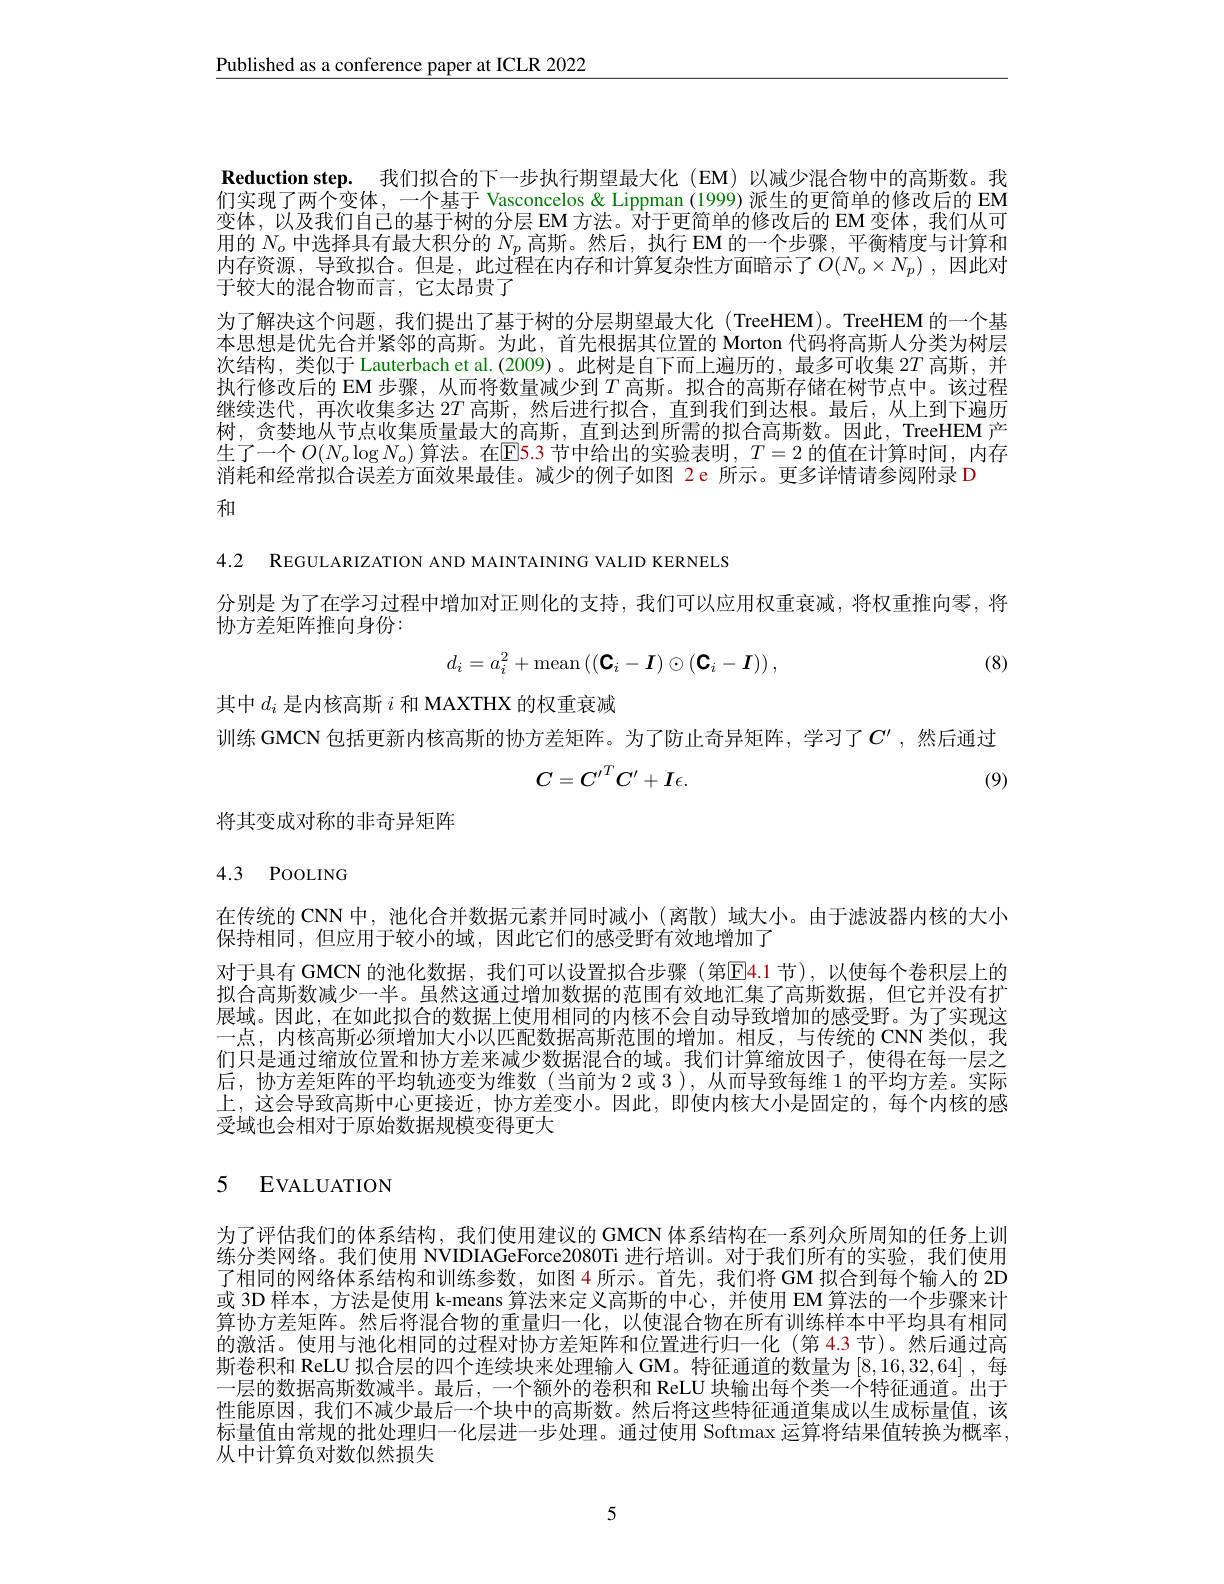
Published as a conference paper at ICLR 2022

Reduction step. 我们拟合的下一步执行期望最大化 (EM)以减少混合物中的高斯数。我们实现了两个变体，一个基于 Vasconcelos & Lippman (1999) 派生的更简单的修改后的 EM 变体，以及我们自己的基于树的分层 EM 方法。对于更简单的修改后的 EM 变体，我们从可用的$N_o$中选择具有最大积分的$N_p$高斯。然后，执行 EM 的一个步骤，平衡精度与计算和内存资源，导致拟合。但是，此过程在内存和计算复杂性方面暗示了$O(N_o\times N_p)$,因此对于较大的混合物而言，它太昂贵了
为了解决这个问题，我们提出了基于树的分层期望最大化(TreeHEM)。TreeHEM 的一个基本思想是优先合并紧邻的高斯。为此，首先根据其位置的 Morton 代码将高斯人分类为树层次结构，类似于 Lauterbach et al.(2009)。此树是自下而上遍历的，最多可收集$2T$高斯，并执行修改后的 EM 步骤，从而将数量减少到$T$高斯。拟合的高斯存储在树节点中。该过程继续迭代，再次收集多达$2T$高斯，然后进行拟合，直到我们到达根。最后，从上到下遍历树，贪婪地从节点收集质量最大的高斯，直到达到所需的拟合高斯数。因此，TreeHEM 产生了一个$O(N_o\log N_o)$ 算法。在$\mathbb{E}$5.3 节中给出的实验表明，$T=2$ 的值在计算时间，内存消耗和经常拟合误差方面效果最佳。减少的例子如图 2e 所示。更多详情请参阅附录 D
和

4.2 REGULARIZATION AND MAINTAINING VALID KERNELS

分别是 为了在学习过程中增加对正则化的支持，我们可以应用权重衰减，将权重推向零，将
协方差矩阵推向身份：
$$d_i=a_i^2+\text{mean}\left((\text{C}_i-I)\odot(\text{C}_i-I)\right),$$
(8)

其中$d_i$是内核高斯$i$和 MAXTHX 的权重衰减

训练 GMCN 包括更新内核高斯的协方差矩阵。为了防止奇异矩阵，学习了$C^{\prime}$,然后通过
$$C={C^{\prime}}^TC^{\prime}+I\epsilon.$$
(9)

将其变成对称的非奇异矩阵

# 4.3 POOLING

在传统的 CNN 中，池化合并数据元素并同时减小 (离散)域大小。由于滤波器内核的大小
保持相同，但应用于较小的域，因此它们的感受野有效地增加了
对于具有 GMCN 的池化数据，我们可以设置拟合步骤 (第$\color{red}{\mathrm{E}}\color{red}{\mathrm{4.1}\text{节),以使每个卷积层上的}}$ 拟合高斯数减少一半。虽然这通过增加数据的范围有效地汇集了高斯数据，但它并没有扩展域。因此，在如此拟合的数据上使用相同的内核不会自动导致增加的感受野。为了实现这一点，内核高斯必须增加大小以匹配数据高斯范围的增加。相反，与传统的 CNN 类似，我们只是通过缩放位置和协方差来减少数据混合的域。我们计算缩放因子，使得在每一层之后，协方差矩阵的平均轨迹变为维数(当前为2或3),从而导致每维1的平均方差。实际上，这会导致高斯中心更接近，协方差变小。因此，即使内核大小是固定的，每个内核的感受域也会相对于原始数据规模变得更大

## 5 EVALUATION

为了评估我们的体系结构，我们使用建议的 GMCN 体系结构在一系列众所周知的任务上训练分类网络。我们使用 NVIDIAGeForce2080Ti 进行培训。对于我们所有的实验，我们使用了相同的网络体系结构和训练参数，如图 4 所示。首先，我们将 GM 拟合到每个输入的 2D 或 3D 样本，方法是使用 k-means 算法来定义高斯的中心，并使用 EM 算法的一个步骤来计算协方差矩阵。然后将混合物的重量归一化，以使混合物在所有训练样本中平均具有相同的激活。使用与池化相同的过程对协方差矩阵和位置进行归一化 (第 4.3 节)。然后通过高斯卷积和 ReLU 拟合层的四个连续块来处理输人 GM。特征通道的数量为[8,16,32,64] ,每一层的数据高斯数减半。最后，一个额外的卷积和 ReLU 块输出每个类一个特征通道。出于性能原因，我们不减少最后一个块中的高斯数。然后将这些特征通道集成以生成标量值，该标量值由常规的批处理归一化层进一步处理。通过使用 Softmax 运算将结果值转换为概率， 从中计算负对数似然损失

5